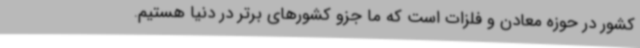
کشور در حوزه معادن و فلزات است که ما جزو کشورهای برتر در دنیا هستیم.